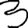
Digit: 3